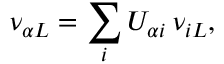
\nu _ { \alpha L } = \sum _ { i } U _ { \alpha i } \, \nu _ { i L } ,